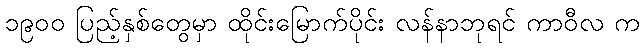
၁၉၀၀ ပြည့်နှစ်တွေမှာ ထိုင်းမြောက်ပိုင်း လန်နာဘုရင် ကာဝီလ က